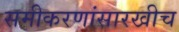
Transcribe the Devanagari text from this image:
समीकरणांसारखीच